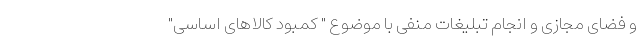
و فضای مجازی و انجام تبلیغات منفی با موضوع " کمبود کالاهای اساسی"